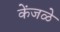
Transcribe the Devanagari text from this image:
केंजळे